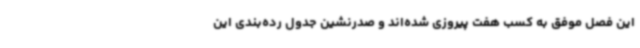
این فصل موفق به کسب هفت پیروزی شده‌اند و صدرنشین جدول رده‌بندی این